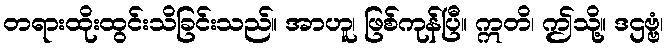
တရားထိုးထွင်းသိခြင်းသည်။ အာဟူ၊ ဖြစ်ကုန်ပြီ။ ဣတိ၊ ဤသို့။ ဒဌဗ္ဗံ၊